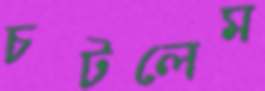
চটলেম